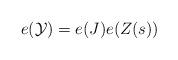
LaTeX: \begin{align*}e(\mathcal Y) = e(J)e(Z(s))\end{align*}